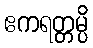
ဧကရတ္တမ္ပိ